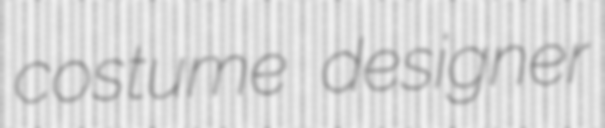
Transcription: costume designer